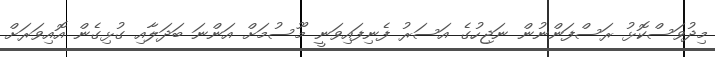
މިދުވަސްކޮޅު ރަސްފަންނުން ނަޖިހުގެ އަސަރު ފެނިފައިވަނީ މޫސުމަށް އަންނަ ބަދަލާއި ގުޅިގެން އޮއިވަރަށް